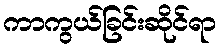
ကာကွယ်ခြင်းဆိုင်ရာ